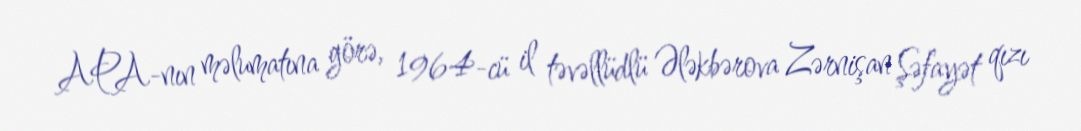
APA-nın məlumatına görə, 1964-cü il təvəllüdlü Ələkbərova Zərnişan Şəfayət qızı